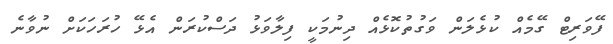
ފޭވަރިޓް ގޭމެއް ކުޅެލަން ވަގުތުކޮޅެއް ދިނުމަކީ ފިލާވަޅު ދަސްކުރަން އެޅޭ ހުރަހަކަށް ނުވާނެ